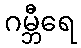
ဂမ္ဘီရေ